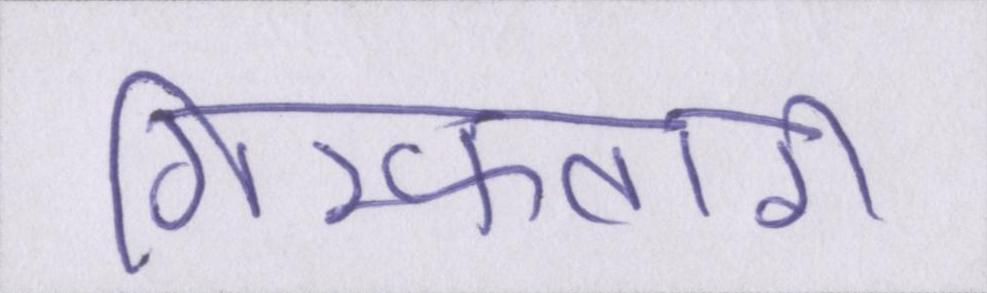
गिरफ्तारी